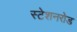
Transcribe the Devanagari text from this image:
स्टेशनरोड